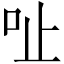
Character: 𠯽